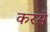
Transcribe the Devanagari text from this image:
करसे